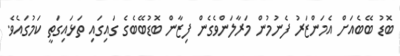
ބޮޑު ބޭބެއަށް އެމަންޒަރު ފެނުމުން މަރާލަންވެގެން ފިޒާން ބޮޑުބޭބެގެ ގައިގައި ތަޅައިގަތީ ކަމުގައެވެ.